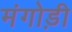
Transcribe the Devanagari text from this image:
मंगोड़ी